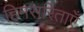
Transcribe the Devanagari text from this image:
हिमसरिताएँ